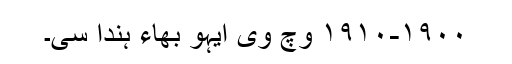
١٩٠٠-١٩١٠ وچ وی ایہو بھاء ہُندا سی۔